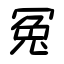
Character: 冤